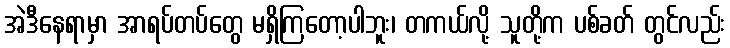
အဲဒီနေရာမှာ အာရပ်တပ်တွေ မရှိကြတော့ပါဘူး၊ တကယ်လို့ သူတို့က ပစ်ခတ် တွင်လည်း